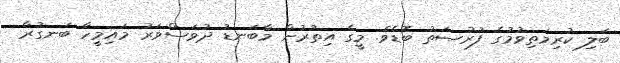
ބަލި ކުރިމަތިވުމުގެ ފުރުޞަތު ބޮޑެވެ. މީގެ އިތުރުން މާބަނޑު ދުވަސްވަރު މައިމީހާ ބަނގުރާ